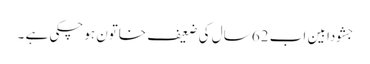
جشودا بین اب 62 سال کی ضعیف خاتون ہوچکی ہے ۔